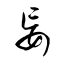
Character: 妄